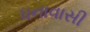
ધનાવાસી